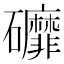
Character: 䃺